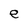
Character: e